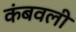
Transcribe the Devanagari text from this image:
कंबवली